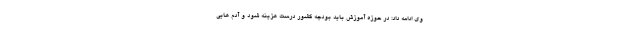
وی ادامه داد: در حوزه آموزش باید بودجه کشور درست هزینه شود و آدم هایی